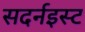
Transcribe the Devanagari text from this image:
सदर्नइस्ट